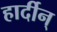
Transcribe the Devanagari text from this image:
हार्दीन्